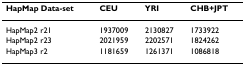
| HapMap Data-set | CEU | YRI | CHB+JPT |
 | --- | --- | --- | --- |
 | HapMap2 r21 | 1937009 | 2130827 | 1733922 |
 | HapMap2 r23 | 2021959 | 2202571 | 1824262 |
 | HapMap3 r2 | 1181659 | 1261371 | 1086818 |